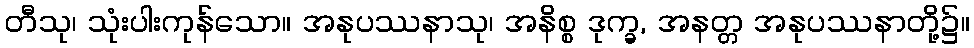
တီသု၊ သုံးပါးကုန်သော။ အနုပဿနာသု၊ အနိစ္စ ဒုက္ခ, အနတ္တ အနုပဿနာတို့၌။